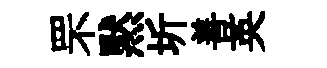
罘黙圻善英